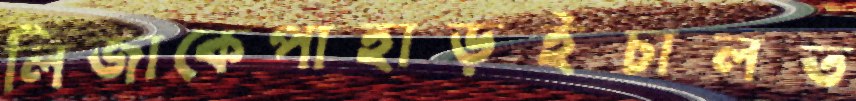
লিজাকেপাহাড়ইচালত